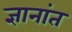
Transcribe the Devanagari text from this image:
ज्ञानांत